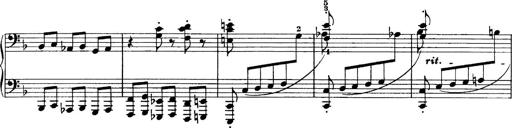
Title: Sonatina No.6
Composer: Ferruccio Busoni